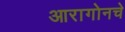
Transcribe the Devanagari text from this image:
आरागोनचे